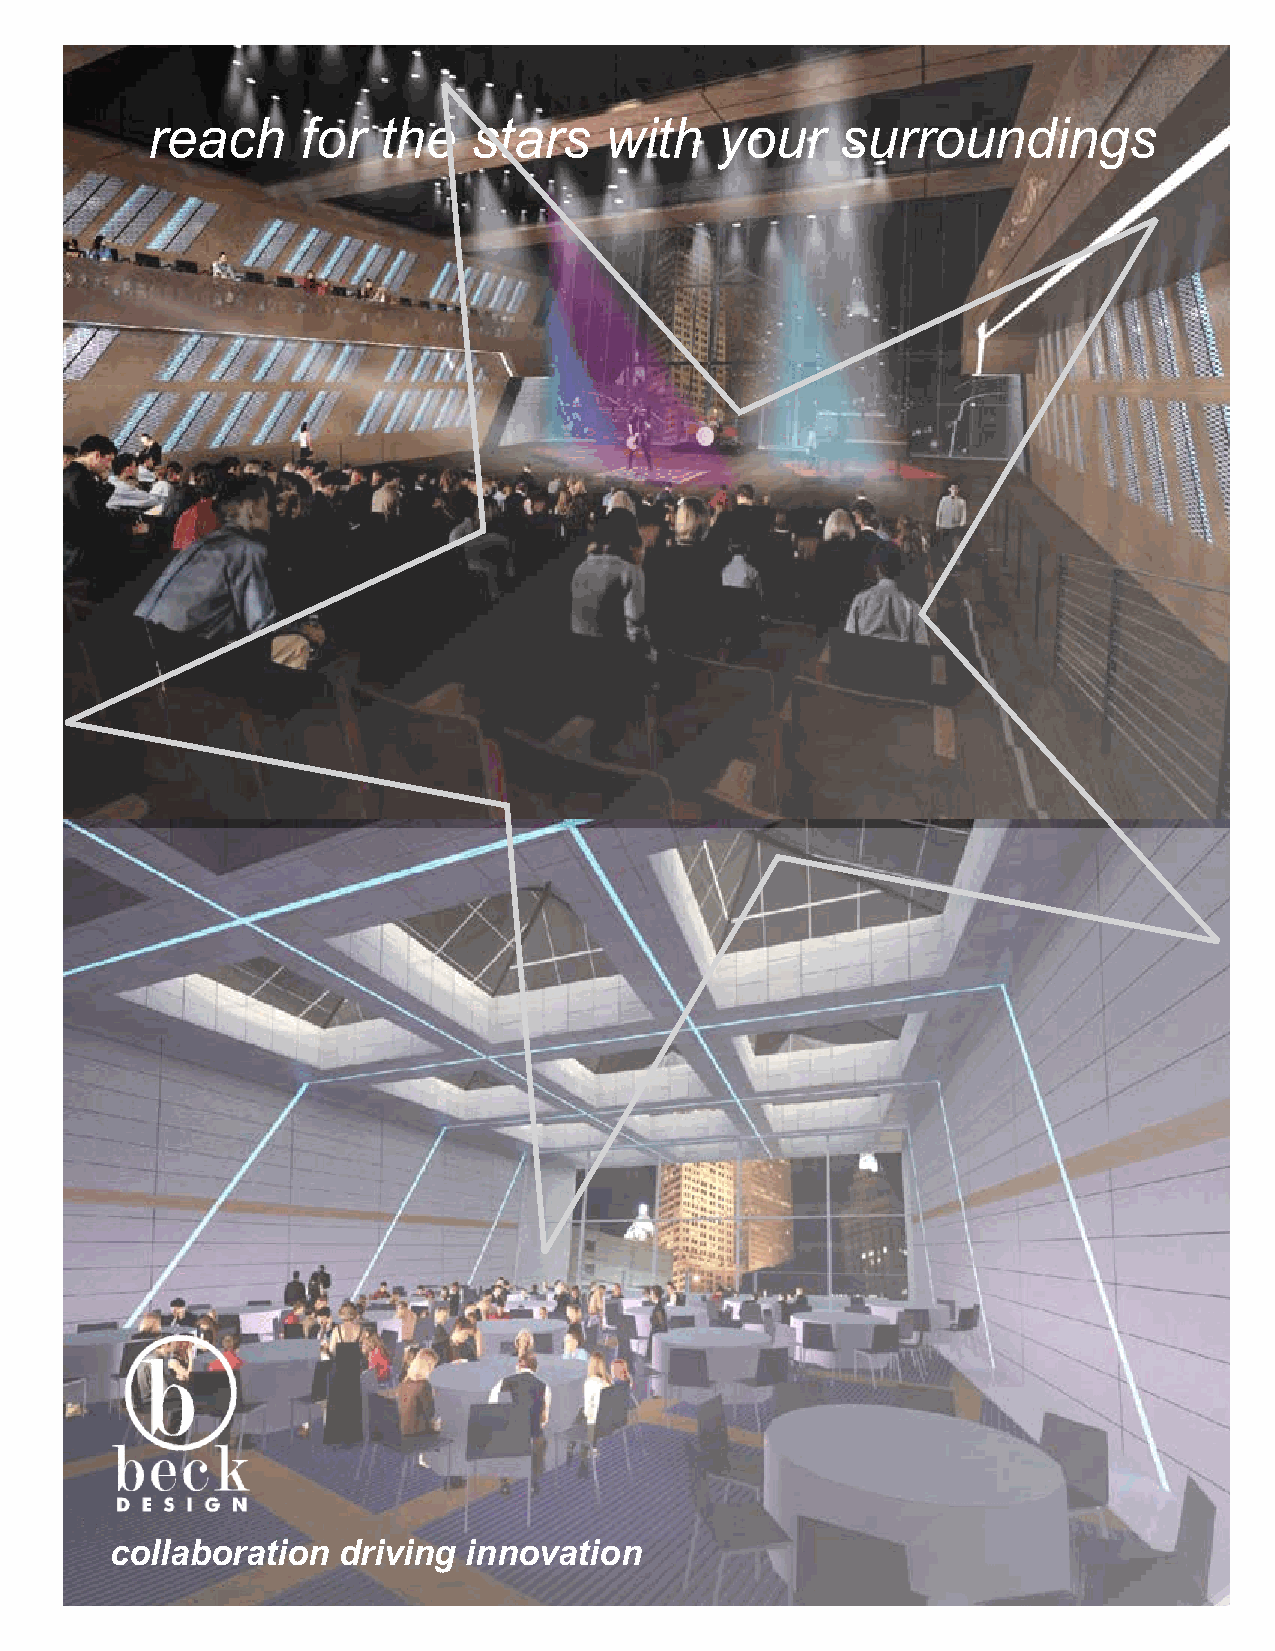
reach     for  the   stars    with    your    surroundings
 reach       for   the    stars     with     your      surroundings
 collaboration  driving  innovation